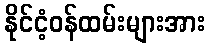
နိုင်ငံ့ဝန်ထမ်းများအား